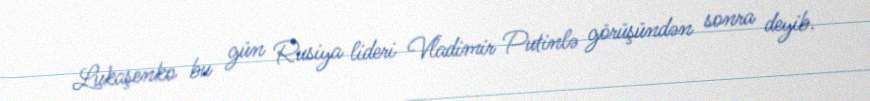
Lukaşenko bu gün Rusiya lideri Vladimir Putinlə görüşündən sonra deyib.